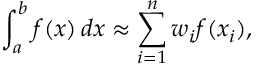
\int _ { a } ^ { b } f ( x ) \, d x \approx \sum _ { i = 1 } ^ { n } w _ { i } f ( x _ { i } ) ,